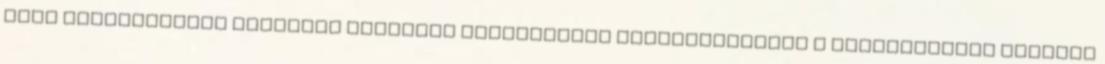
hogy demokratikus voltából származó természetes gyengeségeiből a demokráciára fittyet